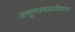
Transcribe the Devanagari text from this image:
अनुत्तरषडर्धक्रम